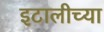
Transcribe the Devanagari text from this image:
इटालीच्या